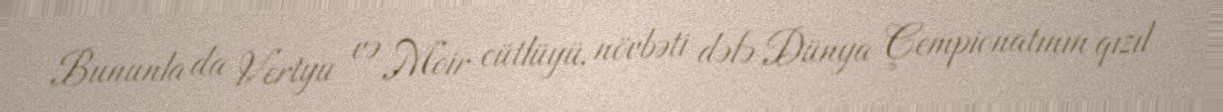
Bununla da Vertyu və Moir cütlüyü, növbəti dəfə Dünya Çempionatının qızıl